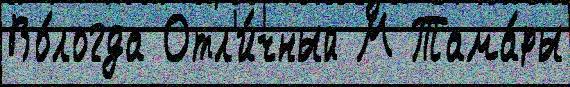
Во́логда Отл'и́чный М Тама́ры